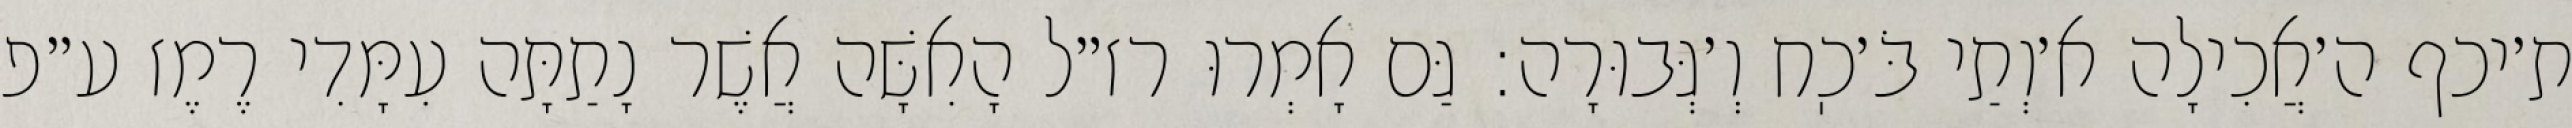
ת׳יכף ה׳אֲכִילָה א׳וְתַי בֹּ׳כֽח וְ׳גְּבוּרָה: גַּם אָמְרוּ רז״ל הָאִשָּׁה אֲשֶׁר נָתַתָּה עִמָּדִי רֶמֶז ע״פ